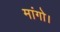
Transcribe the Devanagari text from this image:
मांगो।